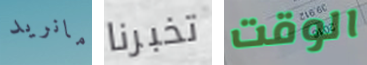
مانريد تخبرنا الوقت